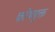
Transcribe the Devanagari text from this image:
कोथयुक्त